Vaccination in Bombay 1856-1862 - 1856-1862
Year: 1856
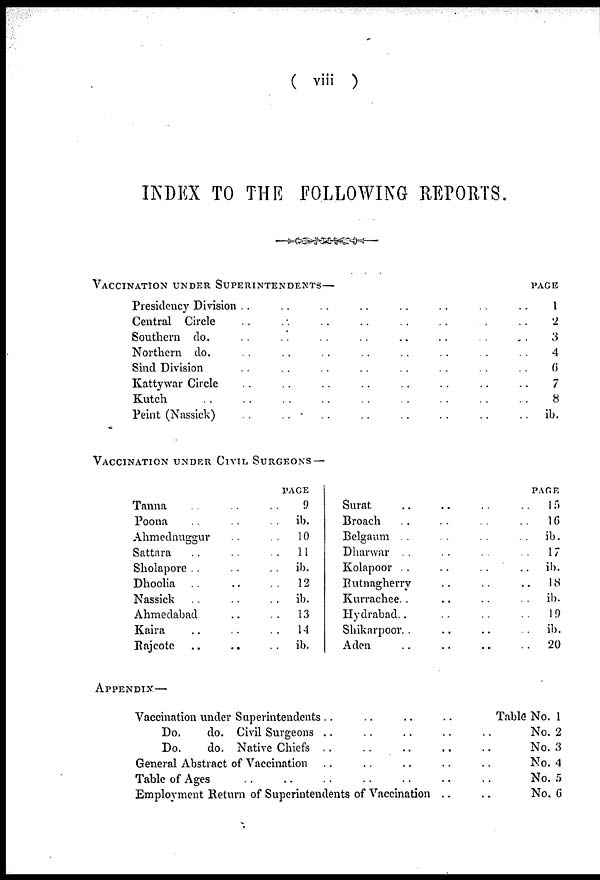
( viii )
INDEX TO THE FOLLOWING REPORTS.
VACCINATION UNDER SUPERINTENDENTS —
Presidency Division .. .. .. .. .. .. .. ..
Central Circle .. .. .. .. .. .. ..
Southern do. .. .. .. .. .. .. ..
Northern do. .. .. .. .. .. ..
Sind Division .. .. .. .. .. .. ..
Kattywar Circle .. .. .. .. .. .. ..
Kutch
..
..
..
..
..
..
..
..
..
Peint (Nassick) .. .. .. .. .. .. ..
VACCINATION UNDER CIVIL, SURGEONS —
Tanna .. .. .. .. ..
Poona .. .. .. .. ..
Ahmednuggur .. .. .. .. ..
Sattara
..
..
..
..
Sholapore .. .. .. .. ..
Dhoolia .. .. .. .. ..
Nassick .. .. .. .. ..
Ahmedabad .. .. .. .. ..
Kaira .. .. .. .. ..
Bajcotc .. .. .. .. ..
PAGE
9
ib.
10
11
ib.
12
ib.
13
14
ib.
Surat .. .. .. ..
Broach .. .. .. .. ..
Belgaum .. .. .. ..
Dharwar .. .. .. ..
Kolapoor .. .. .. ..
Eutnagherry .. .. .. ..
Kurrachee.. .. .. ..
Hydrabad.. .. .. .. ..
Shikarpoor.. .. .. ..
Aden .. .. .. .. ..
APPENDIX—
Vaccination under Superintendents
..
..
..
..
..
..
Do.
do. Civil Surgeons .. .. .. .. .. ..
Do.
do. Native Chiefs .. .. .. .. ..
General Abstract of Vaccination .. .. .. .. .. ..
Table of Ages .. .. .. .. .. .. ..
Employment Return of Superintendents of Vaccination .. ..
PAGE
1
2
3
4
6
7
8
ib.
PAGE
15
16
ib.
17
ib.
18
ib.
19
ib.
20
Table No. 1
No. 2
No. 3
No. 4
No. 5
No. 6